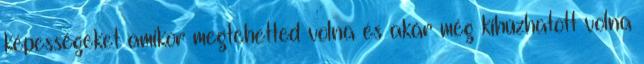
képességeket amikor megtehetted volna és akár még kihúzhatott volna